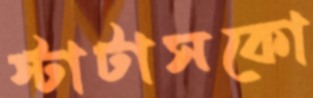
স্টাটাসকো